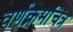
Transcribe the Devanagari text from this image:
वर्णक्रमचित्र